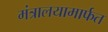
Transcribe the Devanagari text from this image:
मंत्रालयामार्फत